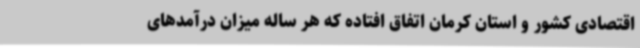
اقتصادی کشور و استان کرمان اتفاق افتاده که هر ساله میزان درآمدهای